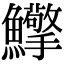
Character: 𩽡